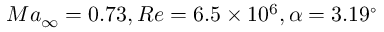
M a _ { \infty } = 0 . 7 3 , R e = 6 . 5 \times 1 0 ^ { 6 } , \alpha = 3 . 1 9 ^ { \circ }